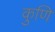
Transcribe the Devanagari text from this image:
कुणि